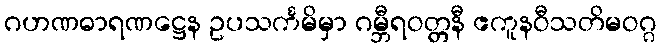
ဂဟဏဓာရဏဋ္ဌေန ဥပသင်္ကမိမှာ ဂမ္ဘီရဝတ္တနီ ဧကူနဝီသတိမဝဂ္ဂ